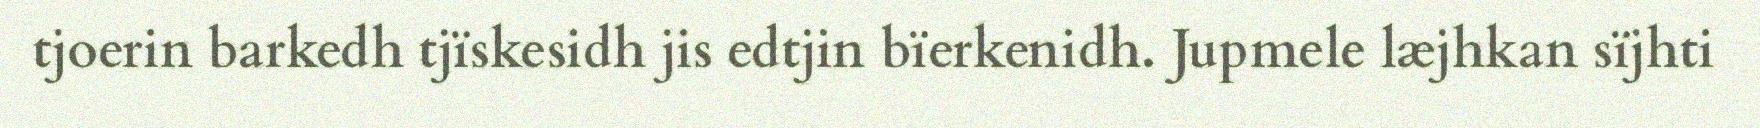
tjoerin barkedh tjïskesidh jis edtjin bïerkenidh. Jupmele læjhkan sïjhti